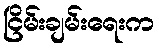
ငြိမ်းချမ်းရေးက